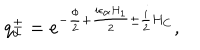
q _ { \alpha } ^ { \pm } = e ^ { - { \frac { \phi } { 2 } } + { \frac { i \epsilon _ { \alpha } H _ { 1 } } { 2 } } \pm { \frac { i } { 2 } } H _ { C } } ,